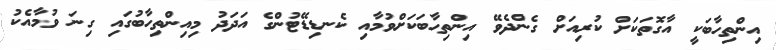
އިންތިހާބަކީ އާގޮތަކަށް ކުރިއަށް ގެންދެވޭ އިންތިހާބަކަށްވުމާއި ކެނޑިޑޭޓުންގެ އަދަދު މިއިންތިހާބުގައި ގިނަ ވުމާއެކު